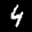
Label: 4